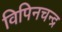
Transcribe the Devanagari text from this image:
विपिनचन्द्र